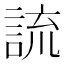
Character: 𧨆